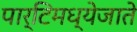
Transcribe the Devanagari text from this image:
पार्टिमध्येजाते